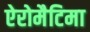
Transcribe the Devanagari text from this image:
ऐरोमैटिमा